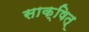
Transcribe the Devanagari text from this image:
साक्षित्‌